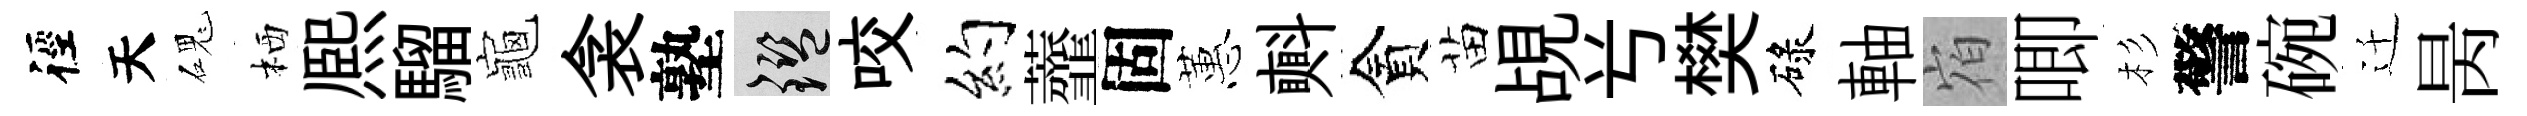
徑天磈栖熈騮龜衾塾鑒咬约虀固蕙㪺貪苗覘𠔃樊碌軸𪧐唧杉警碗迁昺